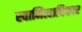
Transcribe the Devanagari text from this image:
स्वामित्वाधिकार